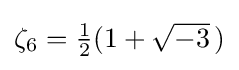
{\textstyle \zeta _{6}={\tfrac {1}{2}}(1+{\sqrt {-3}}\,)}